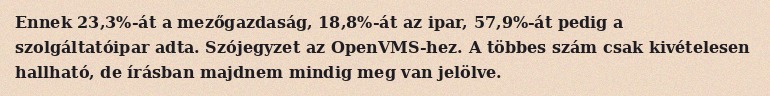
Ennek 23,3%-át a mezőgazdaság, 18,8%-át az ipar, 57,9%-át pedig a szolgáltatóipar adta. Szójegyzet az OpenVMS-hez. A többes szám csak kivételesen hallható, de írásban majdnem mindig meg van jelölve.